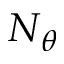
N _ { \theta }